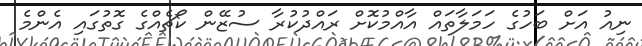
ނިއު އަށް ބަހުގެ ހަމަލާތައް އާއްމުކޮށް ރައްދުކުރާ ސުޒޭން ކޯޗެއްގެ ގޮތުގައި އެންމެ